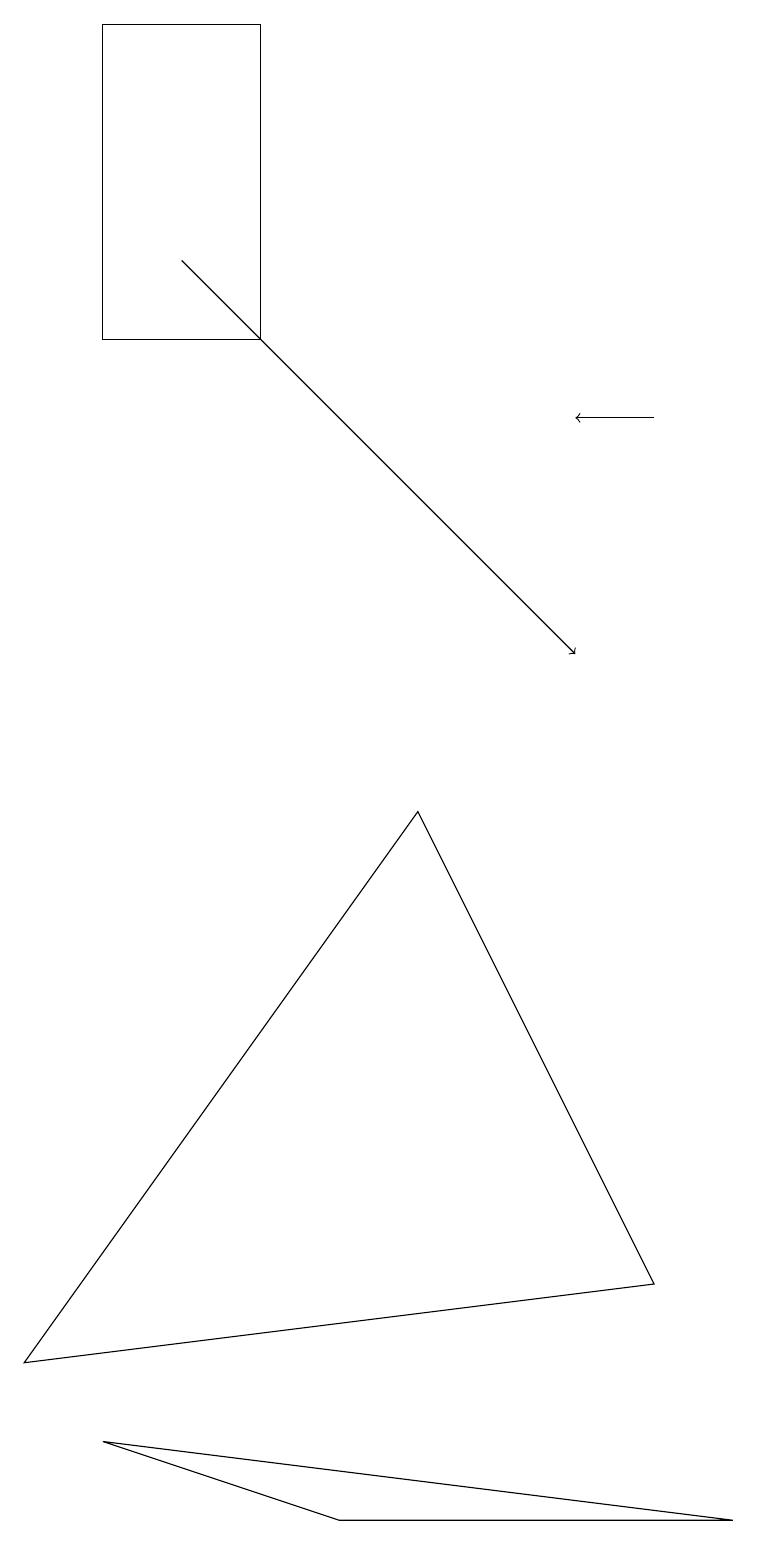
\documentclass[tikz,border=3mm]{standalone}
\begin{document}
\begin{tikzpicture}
\draw (8,3) -- (5,9) -- (0,2) -- cycle;
\draw (1,15) rectangle (3,19);
\draw[->] (2,16) -- (7,11);
\draw (9,0) -- (4,0) -- (1,1) -- cycle;
\draw[->] (8,14) -- (7,14);
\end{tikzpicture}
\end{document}